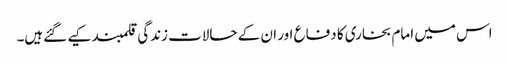
اس میں امام بخاری کا دفاع اور ان کے حالات زندگی قلمبند کیے گئےہیں۔